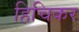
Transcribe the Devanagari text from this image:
हिचिकर